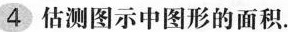
4 估测图示中图形的面积。